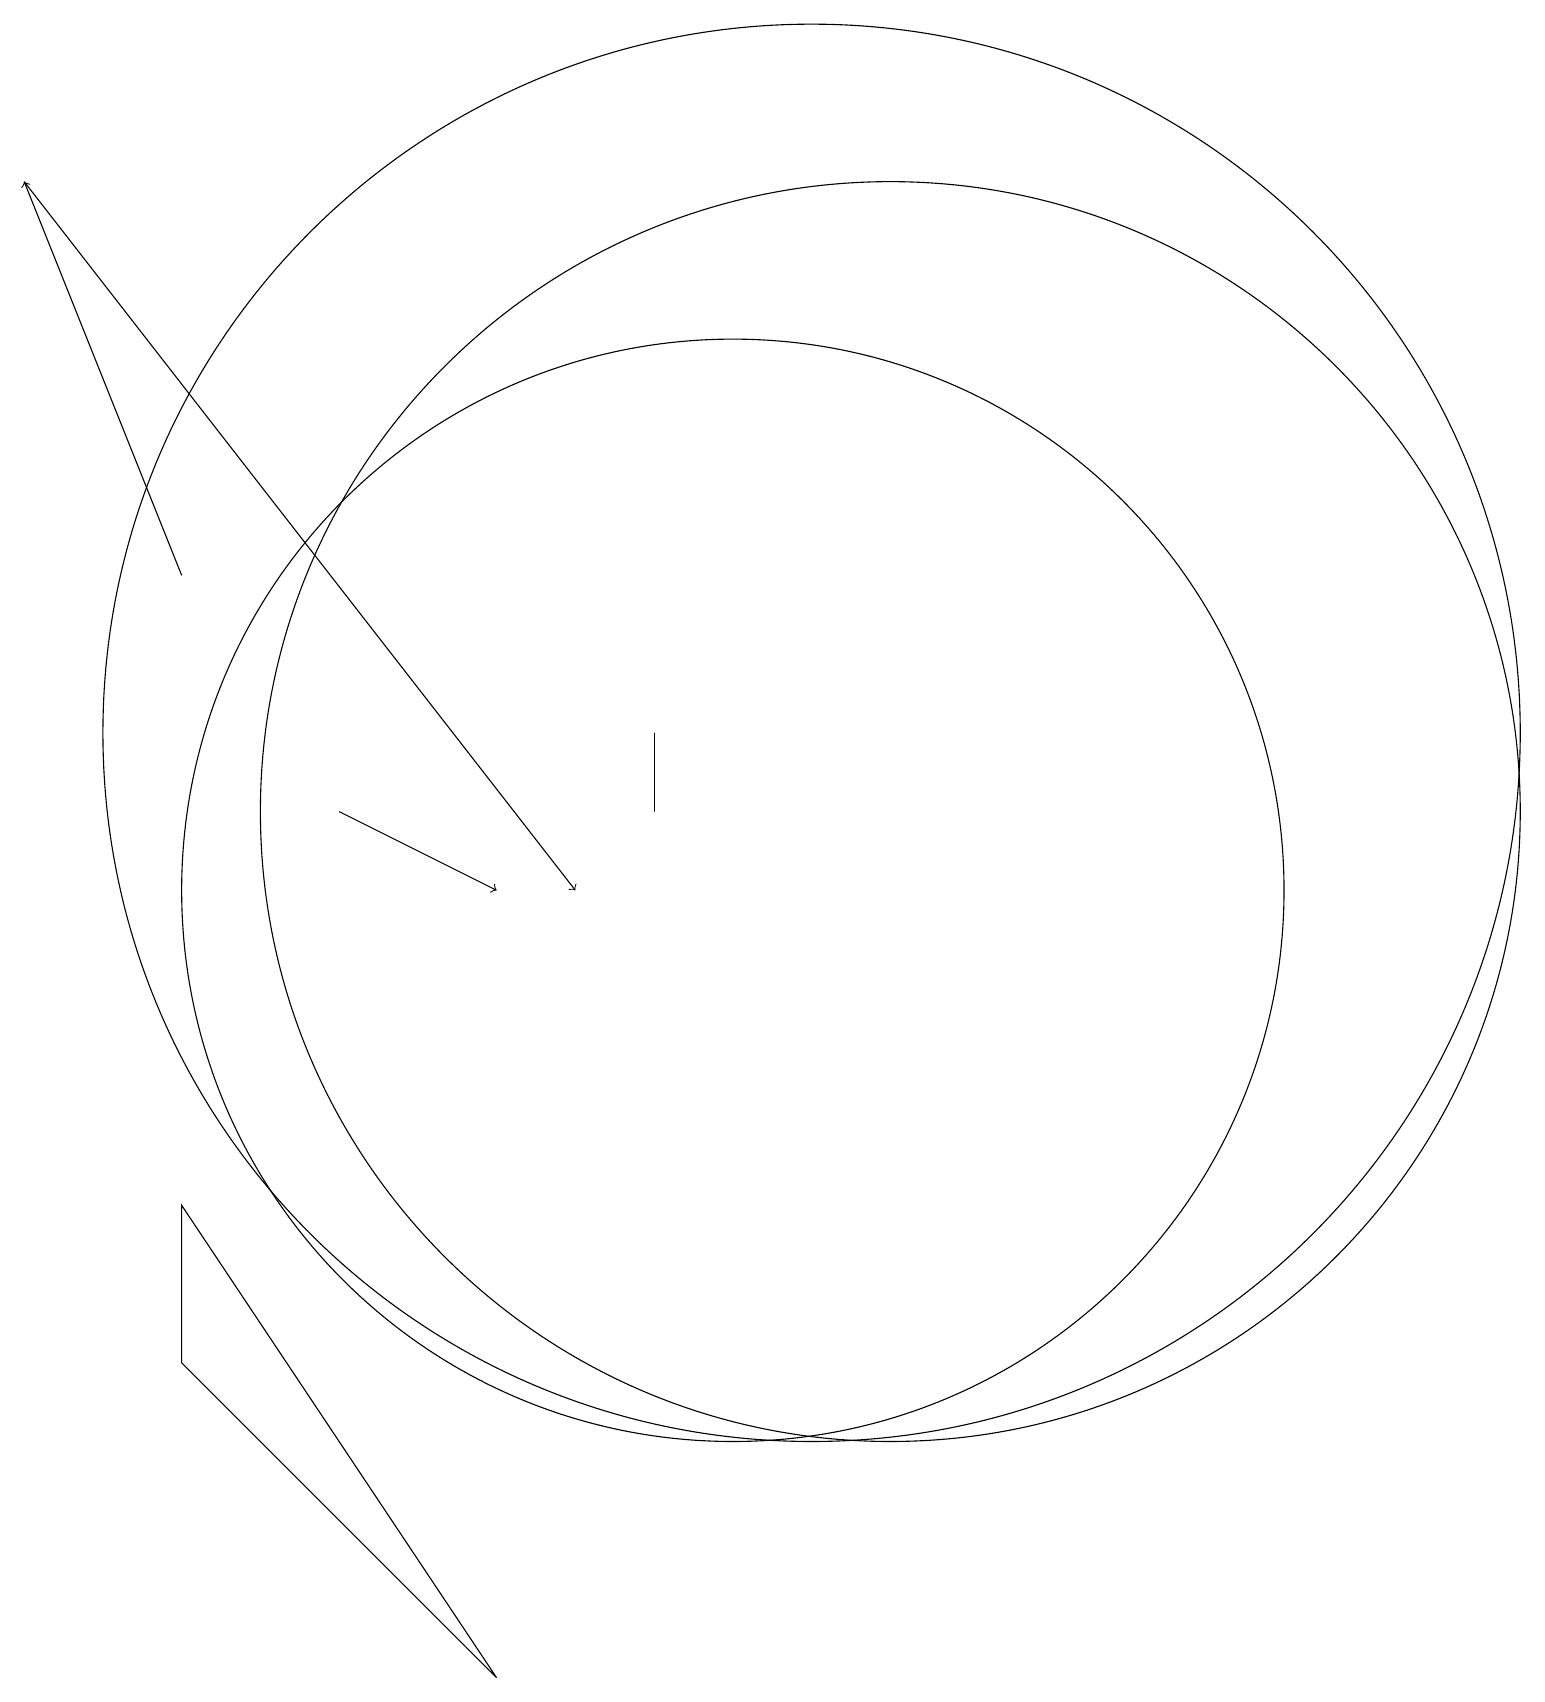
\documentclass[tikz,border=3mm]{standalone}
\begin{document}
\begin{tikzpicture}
\draw (11,12) circle (9);
\draw (10,10) circle (7);
\draw[->] (3,14) -- (1,19);
\draw (12,11) circle (8);
\draw[->] (1,19) -- (8,10);
\draw (9,11) rectangle (9,12);
\draw[->] (5,11) -- (7,10);
\draw (7,0) -- (3,4) -- (3,6) -- cycle;
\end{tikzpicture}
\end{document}